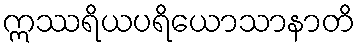
ဣဿရိယပရိယောသာနာတိ